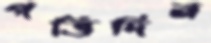
পত্তিদিন